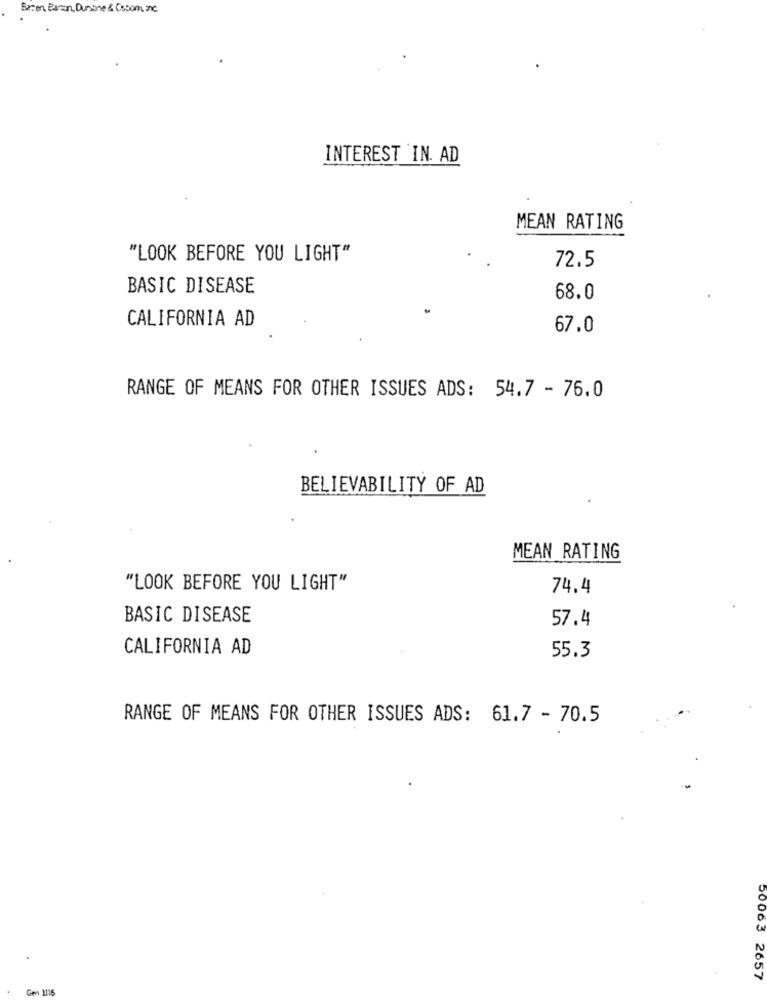
Brien, Banan, Dursone & Ossom, anc.
INTEREST IN. AD
MEAN RATING
"LOOK BEFORE YOU LIGHT"
72.5
BASIC DISEASE
68.0
CALIFORNIA AD
67.0
RANGE OF MEANS FOR OTHER ISSUES ADS: 54.7 - 76.0
BELIEVABILITY OF AD
MEAN RATING
"LOOK BEFORE YOU LIGHT"
74.4
BASIC DISEASE
57.4
CALIFORNIA AD
55.3
RANGE OF MEANS FOR OTHER ISSUES ADS: 61.7 - 70.5
50063 2657
Gen 1116